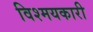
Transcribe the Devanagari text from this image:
विश्मयकारी